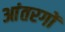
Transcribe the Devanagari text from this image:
आंतरगों